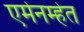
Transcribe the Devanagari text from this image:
एमेनम्हेत